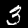
Label: 3